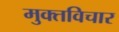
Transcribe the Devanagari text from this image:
मुक्तविचार